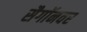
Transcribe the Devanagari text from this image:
सैगॉनवर